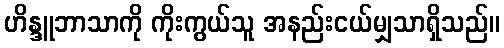
ဟိန္ဒူဘာသာကို ကိုးကွယ်သူ အနည်းငယ်မျှသာရှိသည်။